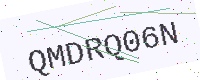
Text: QMDRQ06N